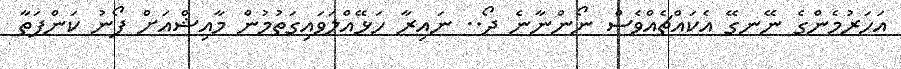
އަހަރުމެންގެ ނޭނގޭ އެކައްޗެއްވެސް ނޯންނާނެ ދޯ.. ނައިރާ ހަޅޭއްލަވައިގަތުމުން މާއިޝްއަށް ފޯނު ކަންފަތާ